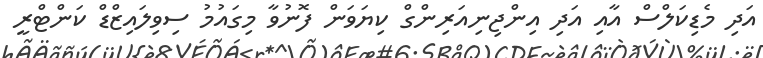
އަދި މެޑިކަލްސް އާއި އަދި އިންޖިނިއަރިންގް ކިޔަވަން ފޮނުވާ މިގައުމު ސިވިލައިޒްޑް ކަންޓްރީ